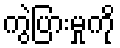
ကွဲပြားမှုကို